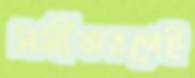
সমীকরণেই